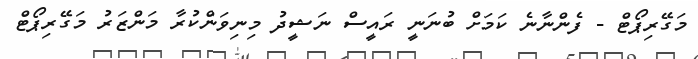
މަގޭރިޕޯޓް - ފެންނާނެ ކަމަށް ބުނަނީ ރައީސް ނަޝީދު މިނިވަންކުރާ މަންޒަރު މަގޭރިޕޯޓް